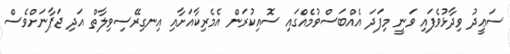
ސަޢީދު ވިދާޅުވެފައި ވަނީ މިފަދަ އެއްބަސްވުމެއްގައި ސޮއިކުރަން އެމެރިކާއަށާއި އިނގިރޭސިވިލާތް އަދި ޖަޕާނަށްވެސް